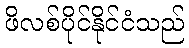
ဖိလစ်ပိုင်နိုင်ငံသည်